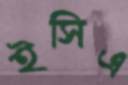
ইসিএ